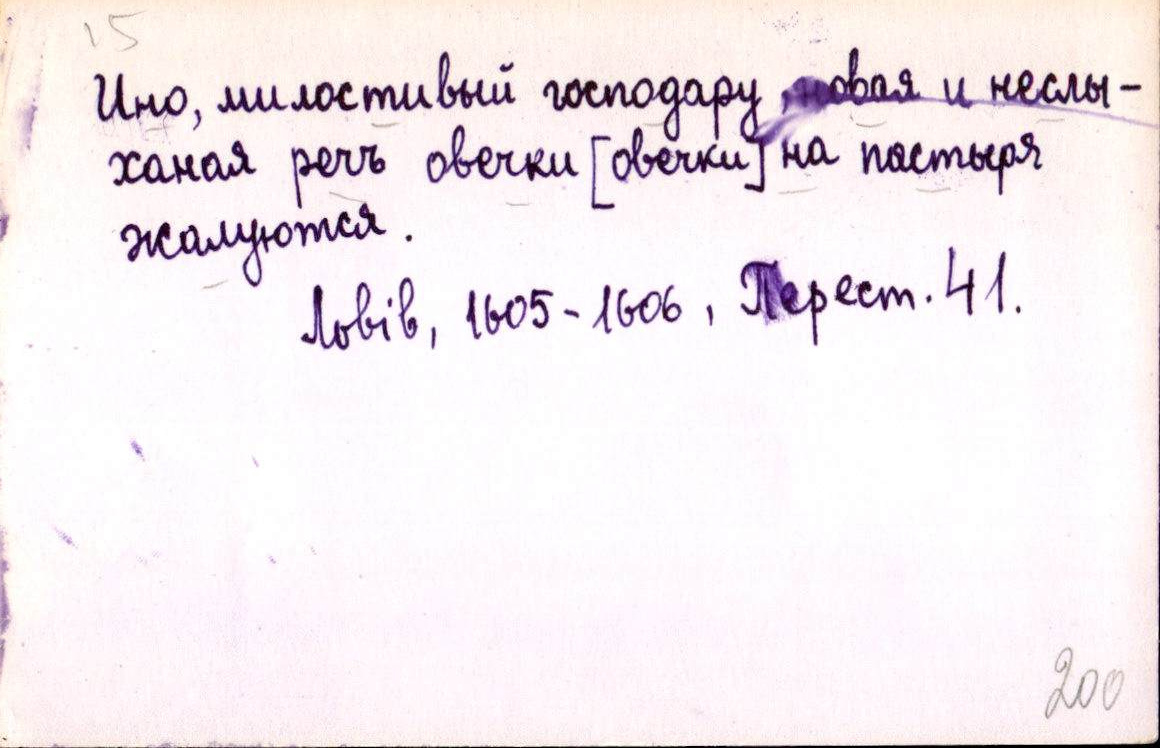
Ино, милостивый господару, новая и неслы-
ханая речь овечки [овечки] на пастыря
жалуются.
Львів, 1605-1606, Перест. 41.